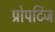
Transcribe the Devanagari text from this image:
प्रोपर्टिज